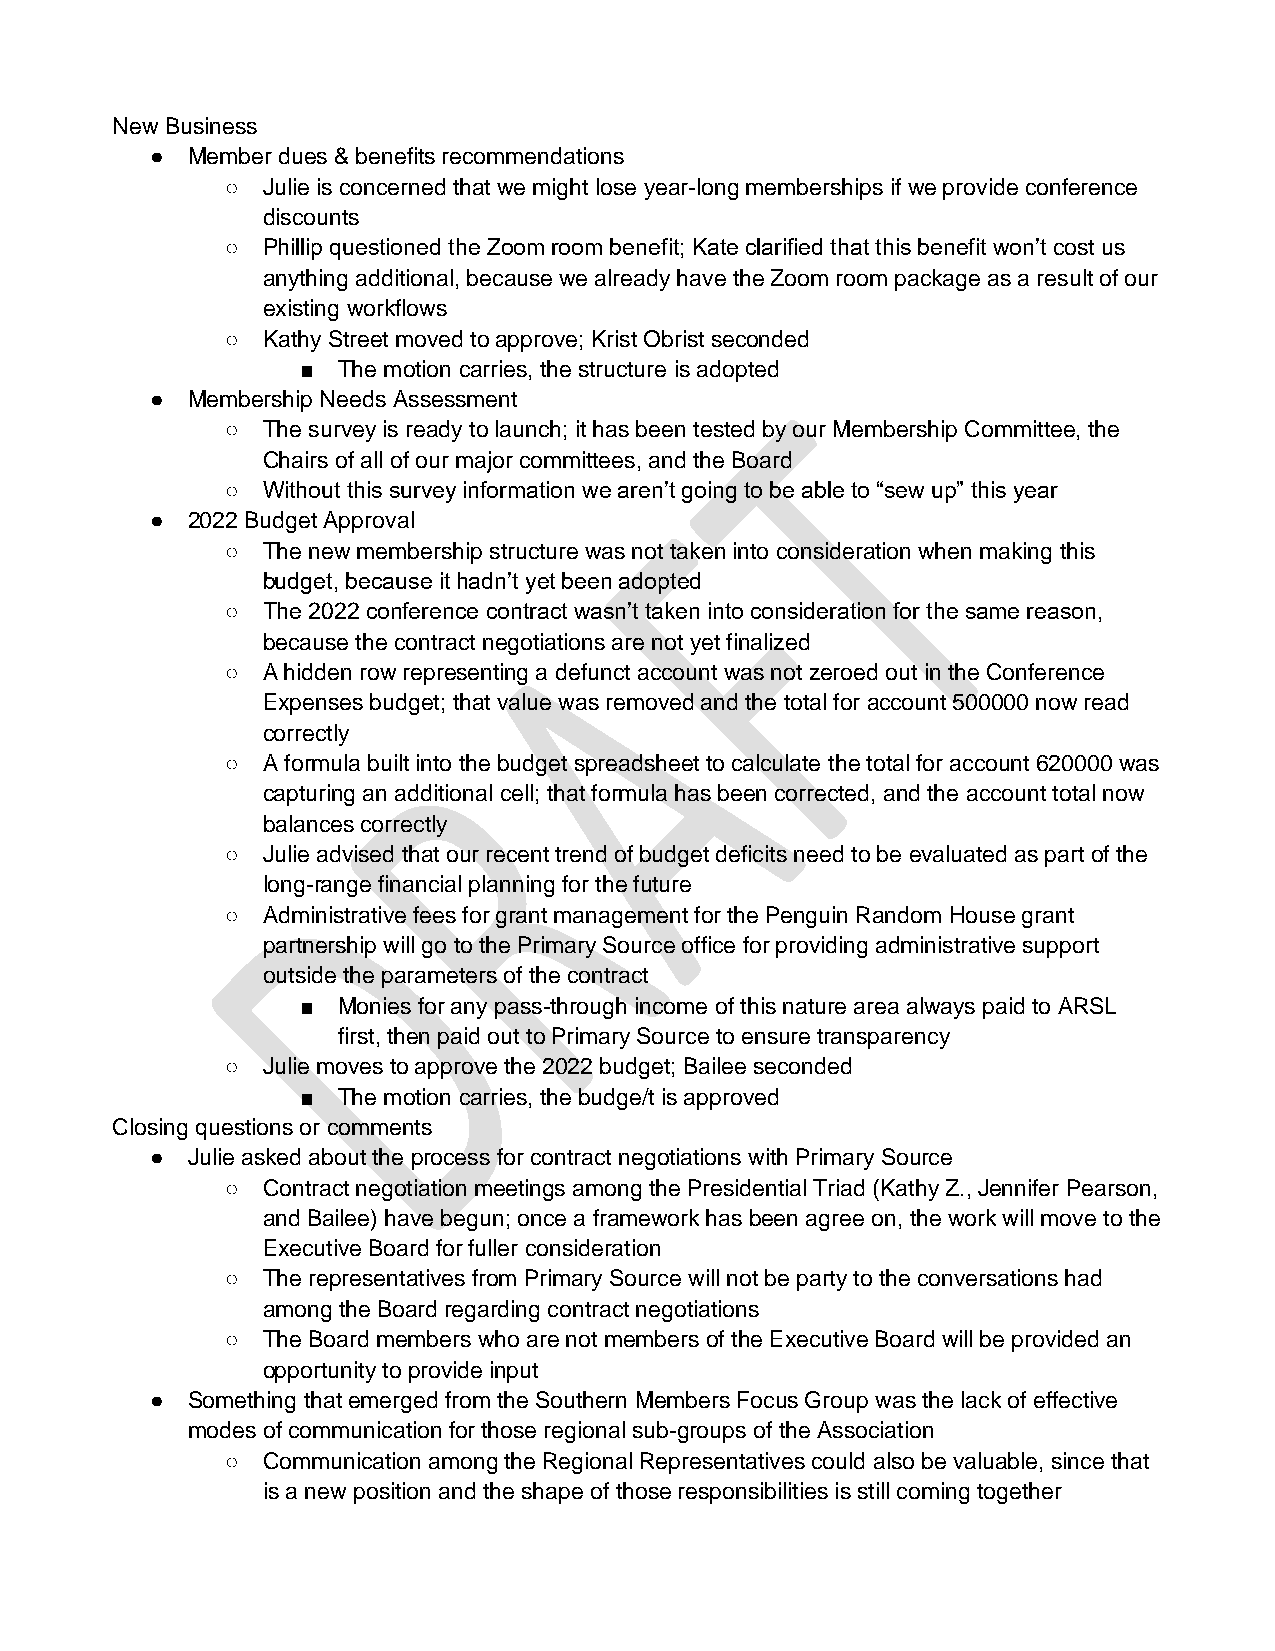
New Business
 ● Member dues & benefits recommendations
 ○ Julie is concerned that we might lose year-long memberships if we provide conference
 discounts
 ○ Phillip questioned the Zoom room benefit; Kate clarified that this benefit won’t cost us
 anything additional, because we already have the Zoom room package as a result of our
 existing workflows
 ○ Kathy Street moved to approve; Krist Obrist seconded
 ■ The motion carries, the structure is adopted
 ● Membership Needs Assessment
 ○ The survey is ready to launch; it has been tested by our Membership Committee, the
 Chairs of all of our major committees, and the Board
 ○ Without this survey information we aren’t going to be able to “sew up” this year
 ● 2022 Budget Approval
 ○ The new membership structure was not taken into consideration when making this
 budget, because it hadn’t yet been adopted
 ○ The 2022 conference contract wasn’t taken into consideration for the same reason,
 because the contract negotiations are not yet finalized
 ○ A hidden row representing a defunct account was not zeroed out in the Conference
 Expenses budget; that value was removed and the total for account 500000 now read
 correctly
 ○ A formula built into the budget spreadsheet to calculate the total for account 620000 was
 capturing an additional cell; that formula has been corrected, and the account total now
 balances correctly
 ○ Julie advised that our recent trend of budget deficits need to be evaluated as part of the
 long-range financial planning for the future
 ○ Administrative fees for grant management for the Penguin Random House grant
 partnership will go to the Primary Source office for providing administrative support
 outside the parameters of the contract
 ■ Monies for any pass-through income of this nature area always paid to ARSL
 first, then paid out to Primary Source to ensure transparency
 ○ Julie moves to approve the 2022 budget; Bailee seconded
 ■ The motion carries, the budge/t is approved
 Closing questions or comments
 ● Julie asked about the process for contract negotiations with Primary Source
 ○ Contract negotiation meetings among the Presidential Triad (Kathy Z., Jennifer Pearson,
 and Bailee) have begun; once a framework has been agree on, the work will move to the
 Executive Board for fuller consideration
 ○ The representatives from Primary Source will not be party to the conversations had
 among the Board regarding contract negotiations
 ○ The Board members who are not members of the Executive Board will be provided an
 opportunity to provide input
 ● Something that emerged from the Southern Members Focus Group was the lack of effective
 modes of communication for those regional sub-groups of the Association
 ○ Communication among the Regional Representatives could also be valuable, since that
 is a new position and the shape of those responsibilities is still coming together